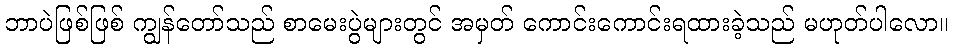
ဘာပဲဖြစ်ဖြစ် ကျွန်တော်သည် စာမေးပွဲများတွင် အမှတ် ကောင်းကောင်းရထားခဲ့သည် မဟုတ်ပါလော။